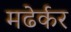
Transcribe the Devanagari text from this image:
मढेर्कर